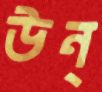
উন্